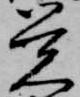
覚